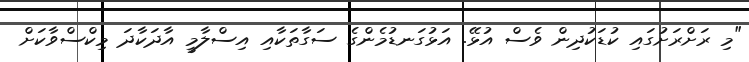
"މި ރަށްރަށުގައި ކުޑަކުދިން ވެސް އުޅޭ. އަޅުގަނޑުމެންގެ ސަގާތަކާއި އިސްލާމީ އާދަކާދަ މިކްސްވާކަށް